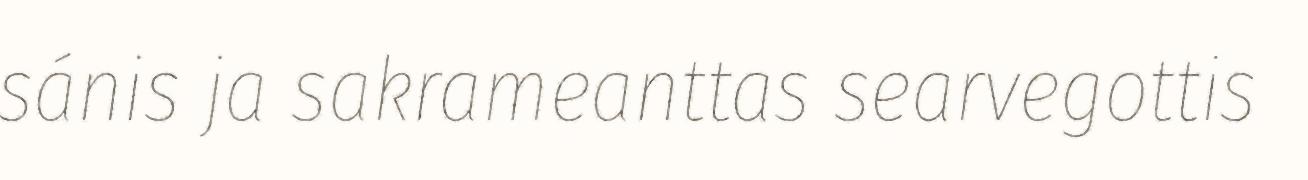
sánis ja sakrameanttas searvegottis